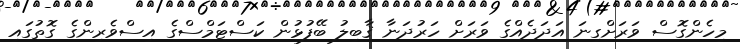
މިހެންގޮސް ވަރަށްގިނަ އަދަދެއްގެ ވަރަށް ހަރުދަނާ ޤާބިލު ބޭފުޅުން ކަސްޓަމްސްގެ އިސްވެރިންގެ ގޮތުގައި